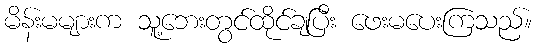
မိန်းမများက သူ့ဘေးတွင်ထိုင်ချပြီး ဖေးမပေးကြသည်။